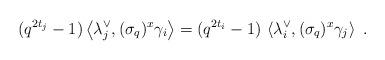
LaTeX: \begin{align*}(q^{2t_{j}}-1)\left\langle \lambda _{j}^{\vee },(\sigma _{q})^{x}\gamma_{i}\right\rangle =(q^{2t_{i}}-1)\,\left\langle \lambda _{i}^{\vee },(\sigma_{q})^{x}\gamma _{j}\right\rangle \,\,. \end{align*}